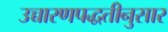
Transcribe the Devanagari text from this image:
उच्चारणपद्धतीनुसार